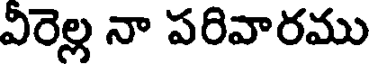
వీరెల్ల నా పరివారము